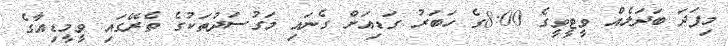
މިފަދަ ބަދަލެއް ވީޓީވީގެ 8:00ގެ ހަބަރު ގަޑިއަށް ގެނައި މަގުސަދުތަކުގެ ތެރޭގައި ވީމީޑިއާގެ